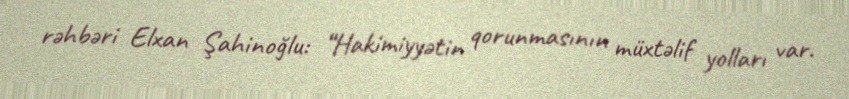
rəhbəri Elxan Şahinoğlu: “Hakimiyyətin qorunmasının müxtəlif yolları var.